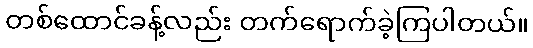
တစ်ထောင်ခန့်လည်း တက်ရောက်ခဲ့ကြပါတယ်။